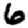
Digit: 6